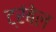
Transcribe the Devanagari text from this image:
ट्रंबेल